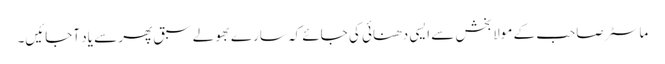
ماسٹر صاحب کے مولا بخش سے ایسی دھنائی کی جائے کہ سارے بھولے سبق پھر سے یاد آجائیں۔